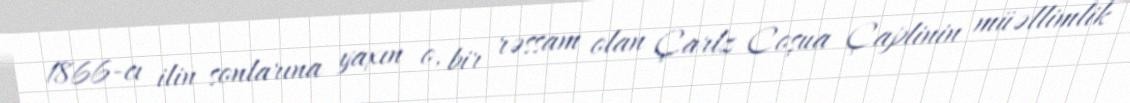
1866-cı ilin sonlarına yaxın o, bir rəssam olan Çarlz Coşua Çaplinin müəllimlik